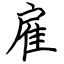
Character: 雇